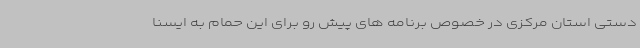
دستی استان مرکزی در خصوص برنامه های پیش رو برای این حمام به ایسنا